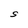
Character: S